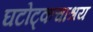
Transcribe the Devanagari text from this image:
घटोट्कचाश्रय